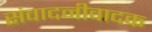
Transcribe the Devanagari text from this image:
संवादनीवादक